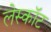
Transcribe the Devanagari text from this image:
लेस्कॉट